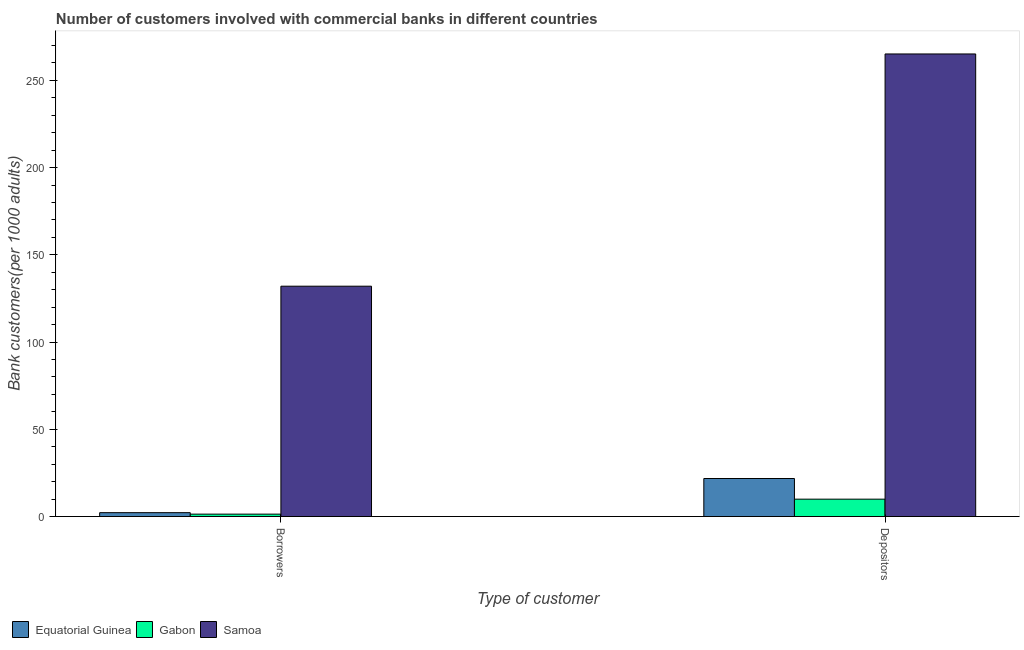
| Type of customer | Equatorial Guinea | Gabon | Samoa |
 | --- | --- | --- | --- |
 | Borrowers | 2.22 | 1.38 | 132 |
 | Depositors | 21.8 | 9.96 | 265 |